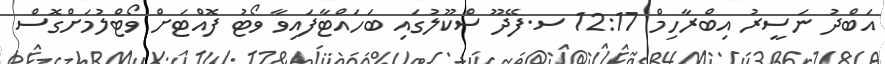
އަބްދު ނަސީރު އިބްރާހިމް 12:17 ސ.ފޭދޫ ސްކޫލުގައި ބަހައްޓާފައިވާ ވޯޓު ފޮއްޓަށް ވޯޓްލުމަށްގޮސް